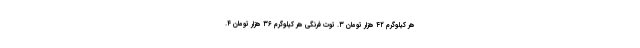
هر کیلوگرم ۴۲ هزار تومان ۳. توت فرنگی هر کیلوگرم ۳۶ هزار تومان ۴.